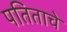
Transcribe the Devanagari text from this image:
पतिताचे